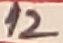
Text: 12